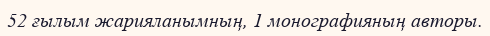
52 ғылым жарияланымның, 1 монографияның авторы.